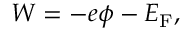
W = - e \phi - E _ { \mathrm { { F } } } ,